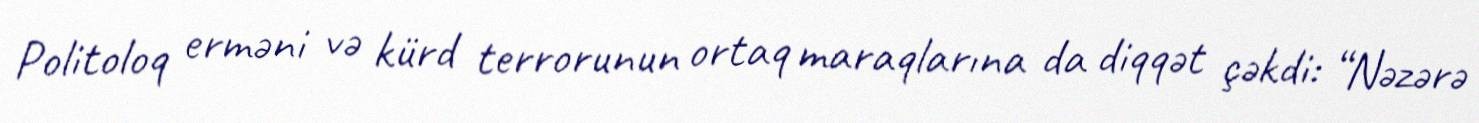
Politoloq erməni və kürd terrorunun ortaq maraqlarına da diqqət çəkdi: “Nəzərə